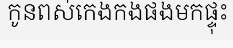
កូនពស់កេងកងផងមកផ្ទុះ